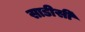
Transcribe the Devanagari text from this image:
साडीसी